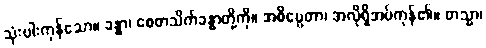
သုံးပါးကုန်သော။ ခန္ဓာ၊ စေတသိက်ခန္ဓာတို့ကို။ အဓိပ္ပေတာ၊ အလိုရှိအပ်ကုန်၏။ တသ္မာ၊